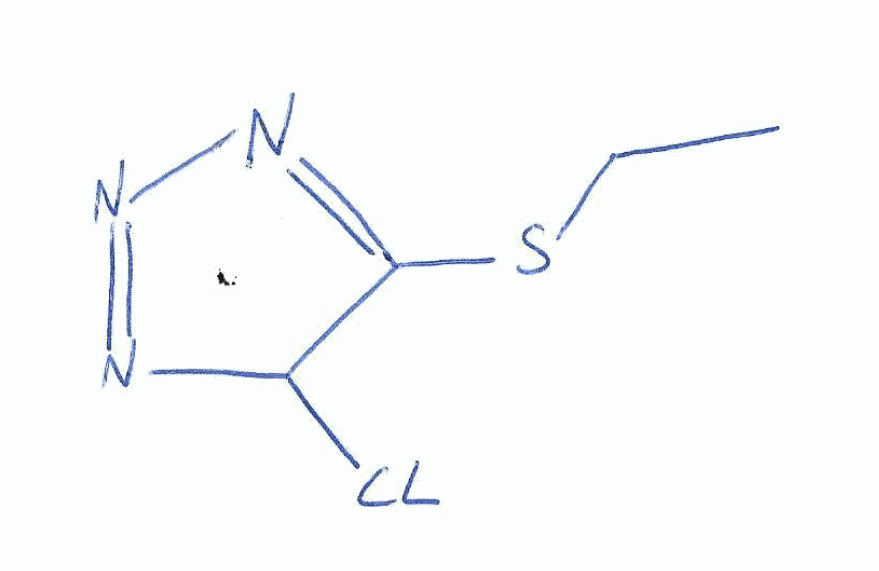
Simplified molecular-input line-entry system (SMILES) notation of the given molecule:
CCSC1=NN=NC1Cl